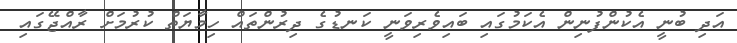
އަދި ބުނީ އެކުންފުނިން އެކަމުގައި ބައިވެރިވަނީ ކަނޑުގެ ދިރުންތައް ހިމާޔަތް ކުރުމަށް ރާއްޖޭގައި